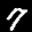
Label: 7